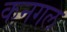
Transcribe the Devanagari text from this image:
कनगल